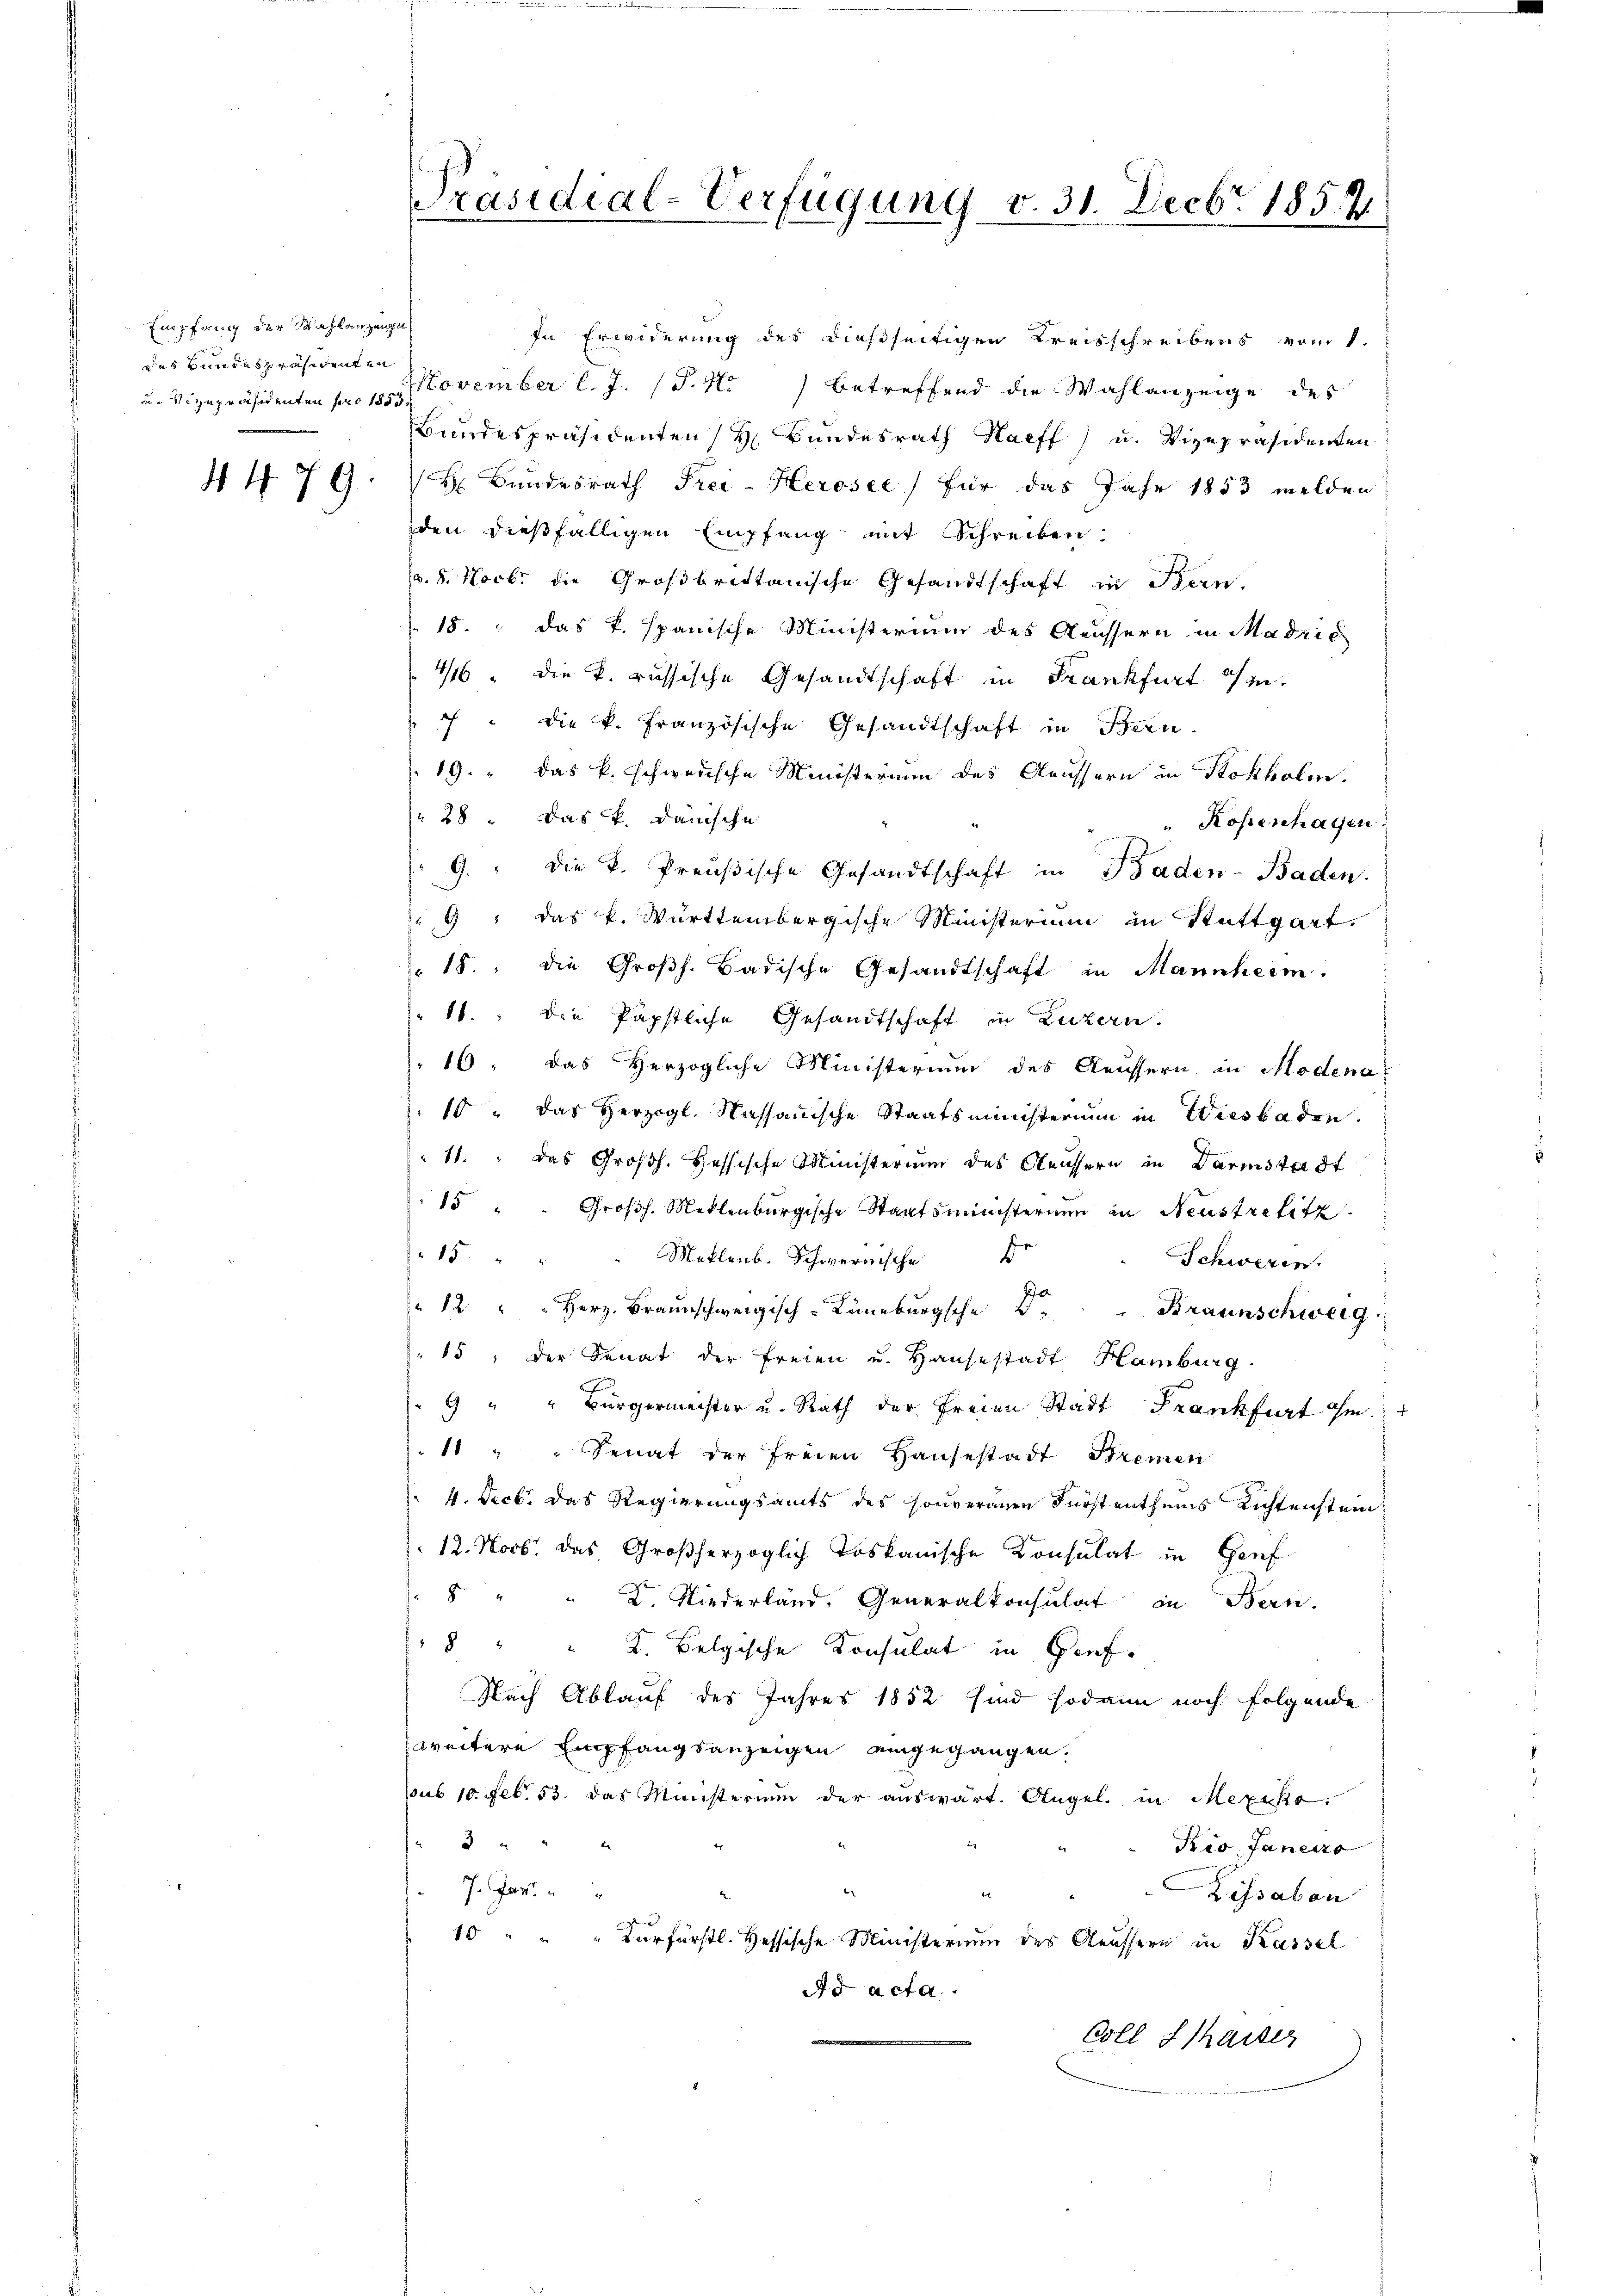
Empfang der Wahlanzeige
des Bundespräsidenten

4479

In Erwiderung des dießseitigen Kreisschreibens vom 1.
u. Vizepräsidenten f 12 November l. J. (T.15) betreffend die Wahlanzeige des
Bundespräsidenten H. Bundesrath Harff u. Vizepräsidenten
H Bundesrath Frei-Herosee) für das Jahr 1853 melden:
den dießfälligen Empfang mit Schreiben,
p. 8. Novbr die Großbrittanische Gesandtschaft in Bern.
15. das k. spanische Ministerium des Aeussern in Madrić
4/6 die k. russische Gesandtschaft in Frankfurt in
 " die k. französische Gesandtschaft in Bern.
19." Das k. schwedische Ministerium des Aeussern in Rokholm.
28. Das P. Dänische
" Roheschagen
9. " die k. Preußische Gesandtschaft in Baden-Baden.
9 : das k. Württembergische Ministerium in Stattgart,
15., die Großh. Badische Gesandtschaft in Mannheim.
11. die Päpstliche Gesandtschaft in Luzern.
16. das Herzogliche Ministerium des Aeussern in Modena
10 " das Herzogl. Kassauische Staatsministerium in Wiesbaden.
11. das Großh. Hessische Ministerium des Aeussern in Darmstadt
15 " " Großh. Mettenburgische Staatsministerium in Neustrelitz
15
Meklenb. Schwernische I
Schweren.
" 12 " " Herz. Braŭnschweigisch- Lüneburgsche 3. Braunschweig
15, der Senat der Freien u. Hausestadt Hamburg
9 " " Bürgermeister u. Rath der freien Stadt Frankfurt ihm
1 " " Senat der freien Hausestadt Bremen
4. Nicl. das Regierungsamts des souveranen Fürstenthums Richtenstein¬
12. Novb. das Großherzoglich Toskanische Konsulat in Genf
8 " " K. Niederland, Generalkonsulat in Bern.
8 " " K. Belgische Konsulat in Gief¬
Nach Ablauf des Jahres 1852 sind sodann noch folgende
weitere Empfangsanzeigen eingegangen.
sub 10. Feb. 53. Das Ministerium der auswärt. Angel. in Mexiko
 " " " 2
Kio Janeiro
J. Jan.
d
Kissabon
10 " " " Furfürstl. Hessische Ministerium des Aeussern in Kassel
Ad acta.
e
Goll haiser

Präsidial-Verfügung v. 31. Decbr 1857